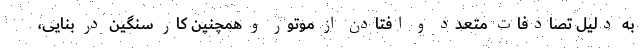
به دلیل تصادفات متعدد و افتادن از موتور و همچنین کار سنگین در بنّایی،